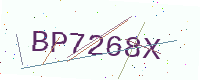
Text: BP7268X